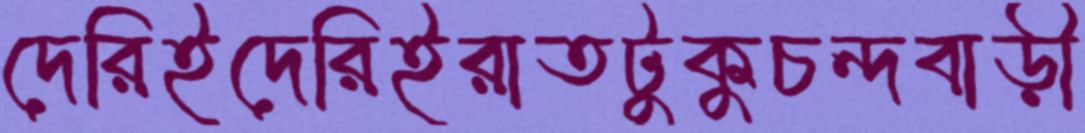
দেরিইদেরিইরাতটুকুচন্দবাড়ী